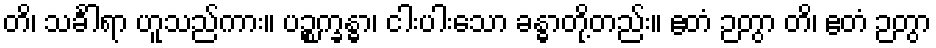
တိ၊ သင်္ခါရာ ဟူသည်ကား။ ပဉ္စက္ခန္ဓာ၊ ငါးပါးသော ခန္ဓာတို့တည်း။ ဧတံ ဉတွာ တိ၊ ဧတံ ဉတွာ